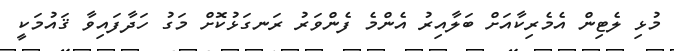
މުޅި ލެޓިން އެމެރިކާއަށް ބަލާއިރު އެންމެ ފެންވަރު ރަނގަޅުކޮށް މަގު ހަދާފައިވާ ޤައުުމަކީ